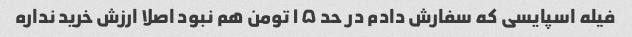
فیله اسپایسی که سفارش دادم در حد ۱۵ تومن هم نبود اصلا ارزش خرید نداره